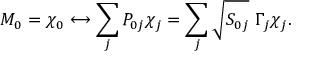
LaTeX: M _ { 0 } = \chi _ { 0 } \longleftrightarrow \sum _ { j } P _ { 0 j } \chi _ { j } = \sum _ { j } \sqrt { S _ { 0 j } } \ \Gamma _ { j } \chi _ { j } .